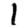
Digit: 1